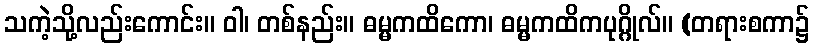
သကဲ့သို့လည်းကောင်း။ ဝါ၊ တစ်နည်း။ ဓမ္မကထိကော၊ ဓမ္မကထိကပုဂ္ဂိုလ်။ (တရားစကာ၌